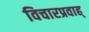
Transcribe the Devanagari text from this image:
विचारप्रवाह्